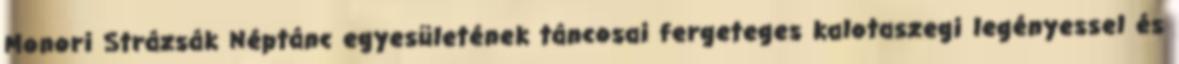
Monori Strázsák Néptánc egyesületének táncosai fergeteges kalotaszegi legényessel és